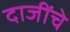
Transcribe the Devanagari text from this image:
दाजींचे